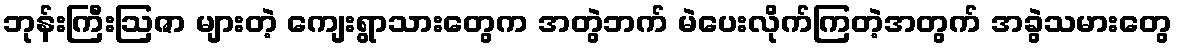
ဘုန်းကြီးဩဇာ များတဲ့ ကျေးရွာသားတွေက အတွဲဘက် မဲပေးလိုက်ကြတဲ့အတွက် အခွဲသမားတွေ